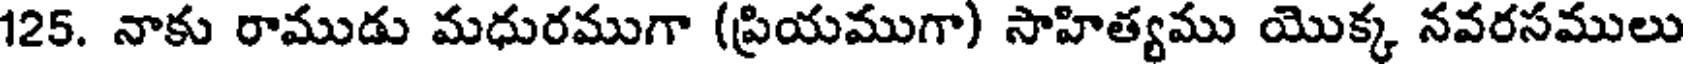
125. నాకు రాముడు మధురముగా (ప్రియముగా) సాహిత్యము యొక్క నవరసములు